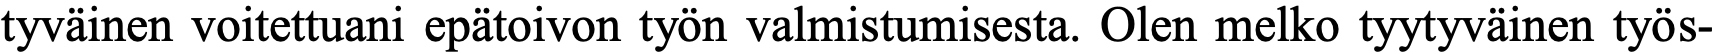
tyväinen voitettuani epätoivon työn valmistumisesta. Olen melko tyytyväinen työs-